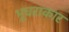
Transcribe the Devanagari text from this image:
भूधराकार